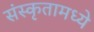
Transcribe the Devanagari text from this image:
संस्कृतामध्ये